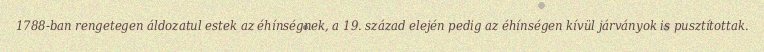
1788-ban rengetegen áldozatul estek az éhínségnek, a 19. század elején pedig az éhínségen kívül járványok is pusztítottak.